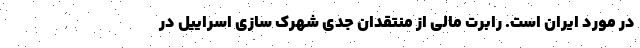
در مورد ایران است. رابرت مالی از منتقدان جدی شهرک سازی اسراییل در